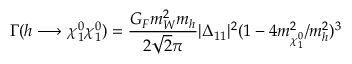
\Gamma ( h \longrightarrow \chi _ { 1 } ^ { 0 } \chi _ { 1 } ^ { 0 } ) = { \frac { G _ { F } m _ { W } ^ { 2 } m _ { h } } { 2 \sqrt { 2 } \pi } } | \Delta _ { 1 1 } | ^ { 2 } ( 1 - 4 m _ { \chi _ { 1 } ^ { 0 } } ^ { 2 } / m _ { h } ^ { 2 } ) ^ { 3 }